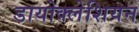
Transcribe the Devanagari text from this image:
डायोक्लेशियन